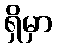
ရှိမှာ